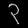
Digit: ၃